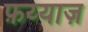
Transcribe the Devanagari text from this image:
फ़य्याज़